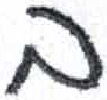
אות: ב